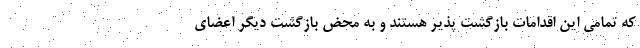
که تمامی این اقدامات بازگشت پذیر هستند و به محض بازگشت دیگر اعضای